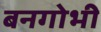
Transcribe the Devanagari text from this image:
बनगोभी